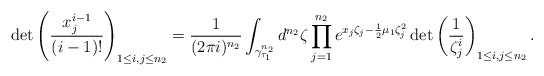
\begin{align*}\det\left(\frac{x_j^{i-1}}{(i-1)!}\right)_{1\le i,j\le n_2}=\frac 1{(2\pi i)^{n_2}}\int_{\gamma_{\tau_1}^{n_2}}d^{n_2}\zeta\prod\limits_{j=1}^{n_2}e^{x_j\zeta_j-\frac 12\mu_1\zeta_j^2}\det\left(\frac 1{\zeta_j^i}\right)_{1\le i,j\le n_2}.\end{align*}